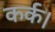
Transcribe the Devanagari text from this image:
कर्क।